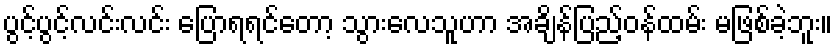
ပွင့်ပွင့်လင်းလင်း ပြောရရင်တော့ သွားလေသူဟာ အချိန်ပြည့်ဝန်ထမ်း မဖြစ်ခဲ့ဘူး။